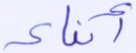
أنباء